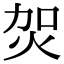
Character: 𤇞